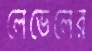
লেভেলের